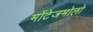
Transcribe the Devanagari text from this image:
मोंटेजमोलो